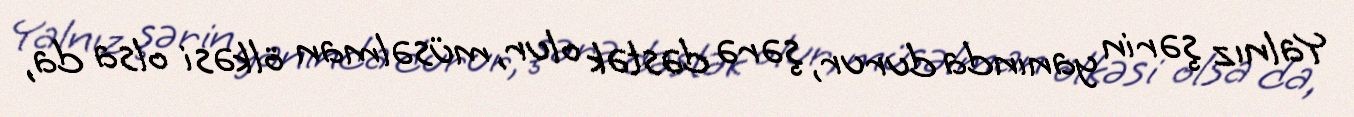
Yalnız şərin yanında durur, şərə dəstək olur, müsəlman ölkəsi olsa da,